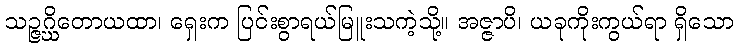
သဉ္ဇဂ္ဃိတောယထာ၊ ရှေးက ပြင်းစွာရယ်မြူးသကဲ့သို့။ အဇ္ဇာပိ၊ ယခုကိုးကွယ်ရာ ရှိသော